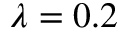
\lambda = 0 . 2